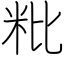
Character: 粃